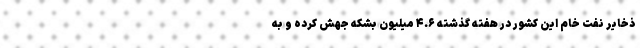
ذخایر نفت خام این کشور در هفته گذشته ۴.۶ میلیون بشکه جهش کرده و به